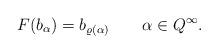
LaTeX: \begin{align*} F(b_{\alpha})= b_{\varrho(\alpha)} \qquad \alpha\in Q^\infty.\end{align*}